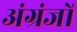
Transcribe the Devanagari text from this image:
अंग्रंजों